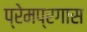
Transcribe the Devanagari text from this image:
प्रेमप्रगास